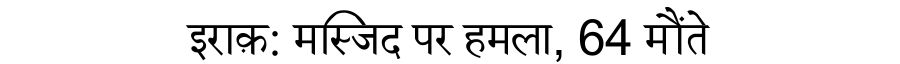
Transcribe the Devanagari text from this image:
इराक़: मस्जिद पर हमला, 64 मौंते